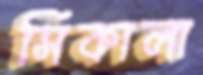
সিকালা